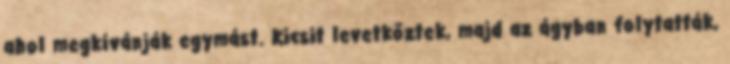
ahol megkívánják egymást. Kicsit levetkőztek, majd az ágyban folytatták,